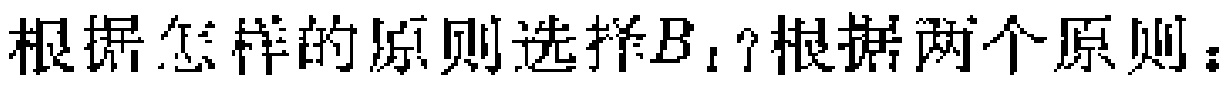
根据怎样的原则选择$B_1$？根据两个原则：